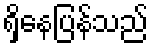
ရှိနေပြန်သည်